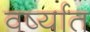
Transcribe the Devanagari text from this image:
वर्ष्यात